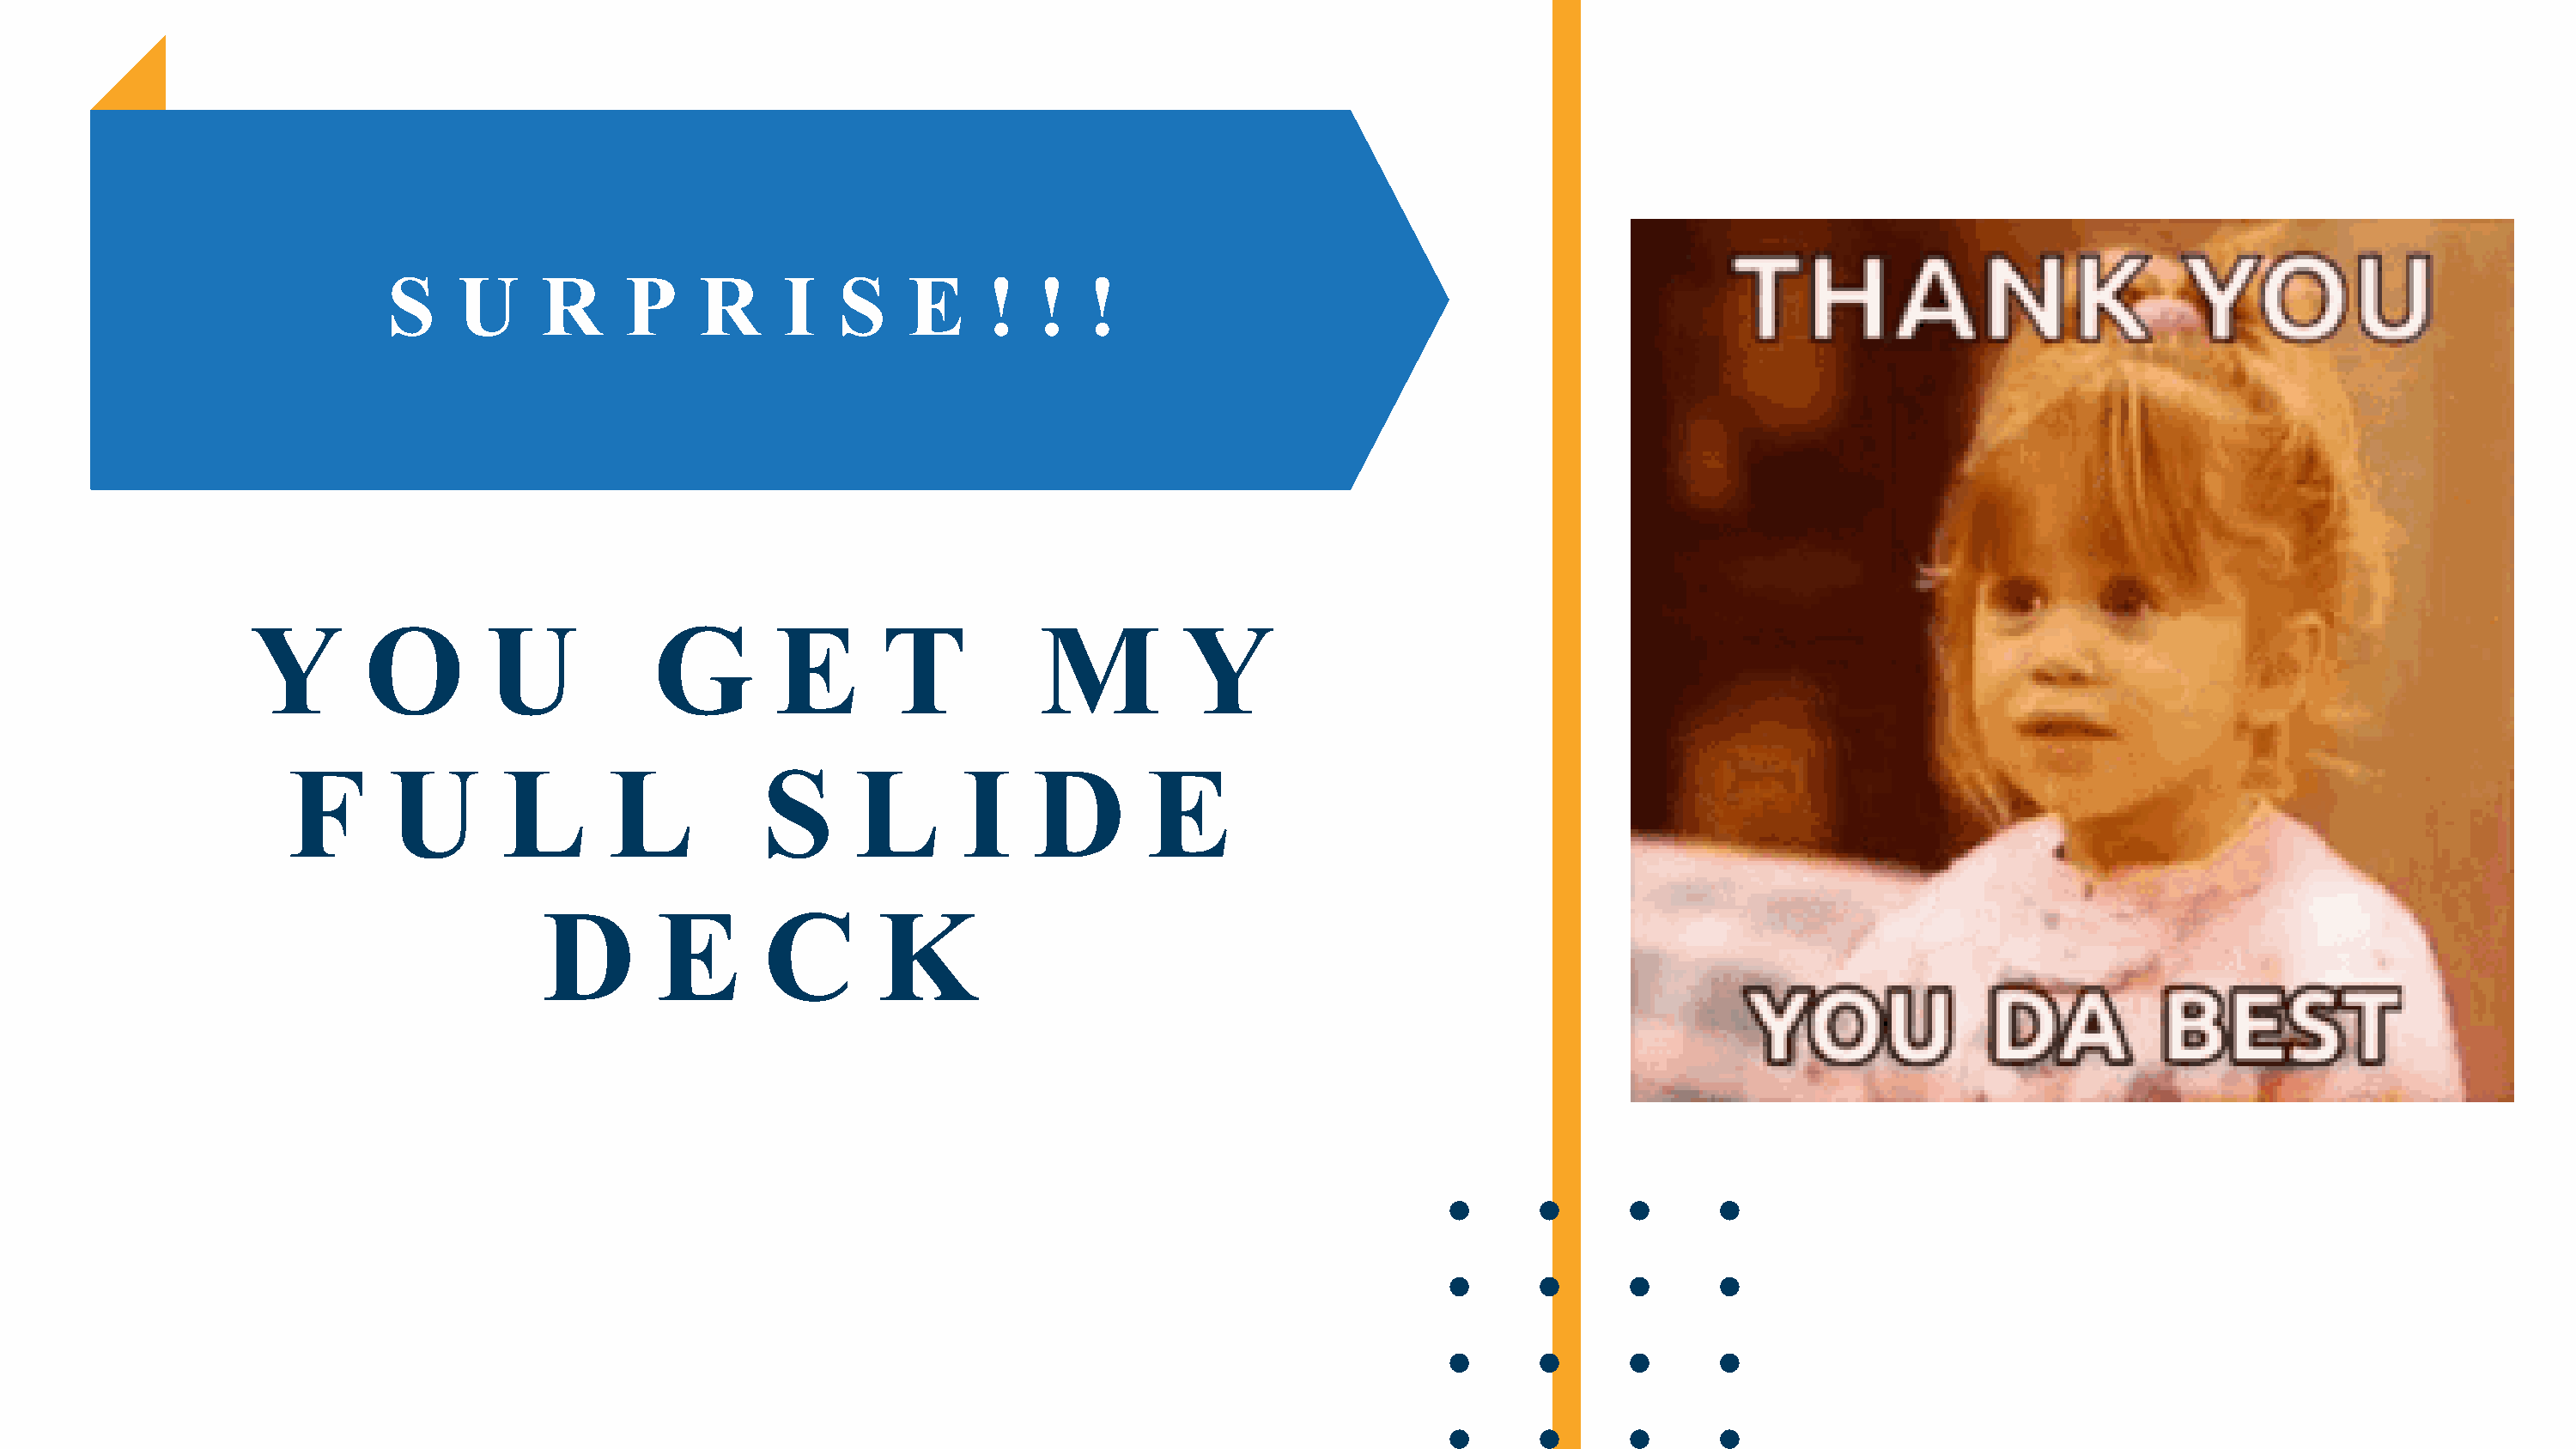
S    U      R     P     R     I    S    E     !   !   !
 Y        O        U            G         E       T           M          Y
 F       U        L       L           S      L       I     D       E
 D        E       C        K